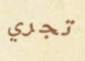
تجري